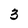
Character: 3